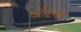
ગોવના